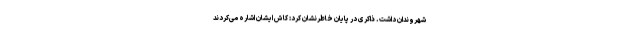
شهروندان داشت. ذاکری در پایان خاطرنشان کرد: کاش ایشان اشاره می‌کردند